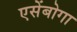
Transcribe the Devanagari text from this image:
एसेंबोगा